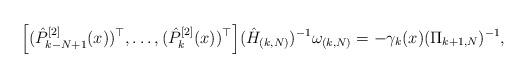
LaTeX: \begin{align*}\Big[(\hat P_{k-N+1}^{[2]}(x))^\top,\dots,(\hat P_{k}^{[2]}(x))^\top\Big](\hat H_{(k,N)})^{-1}\omega_{(k,N)}=-\gamma_k(x)(\Pi_{k+1,N})^{-1},\end{align*}